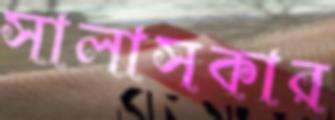
সালাসকার